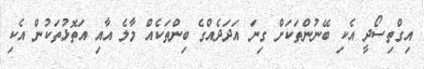
އިގްތިސޯދީ އެކި ބޭނުންތަކަށް ގިނަ އަދަދެއްގެ ބިންތަކެއް މާލެ އާއި އަތޮޅުތަކުން އެކި